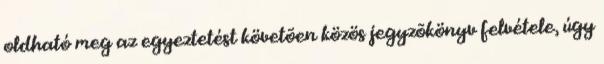
oldható meg az egyeztetést követõen közös jegyzõkönyv felvétele, úgy